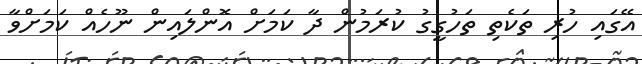
އޭގައި ހުރި ތަކެތި ތަހުގީގު ކުރަމުން ދާ ކަމަށް އޮންލައިން ނޫހެއް ކަމަށްވާ